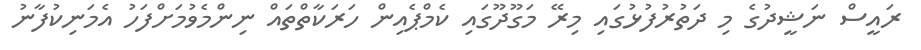
ރައީސް ނަޝީދުގެ މި ދަތުރުފުޅުގައި މިރޭ މަގޫދޫގައި ކެމްޕެއިން ހަރަކާތްތައް ނިންމެވުމަށްފަހު އެމަނިކުފާނު